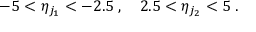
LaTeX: - 5 < \eta _ { j _ { 1 } } < - 2 . 5 \; , \quad 2 . 5 < \eta _ { j _ { 2 } } < 5 \; .